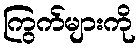
ကြွက်များကို